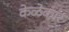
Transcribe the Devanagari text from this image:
केळेकार